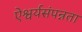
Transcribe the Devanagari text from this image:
ऐश्वर्यसंपन्नता